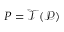
P = \mathcal T ( \mathscr P )